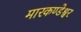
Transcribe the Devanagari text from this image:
मारकण्डेश्वर